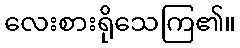
လေးစားရိုသေကြ၏။